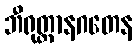
ဘီရုတ္တာနဂတေန